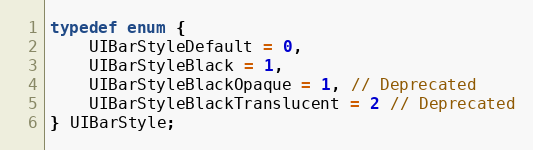
Language: C
typedef enum {
    UIBarStyleDefault = 0,
    UIBarStyleBlack = 1,
    UIBarStyleBlackOpaque = 1, // Deprecated
    UIBarStyleBlackTranslucent = 2 // Deprecated
} UIBarStyle;